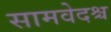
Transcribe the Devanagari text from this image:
सामवेदश्च